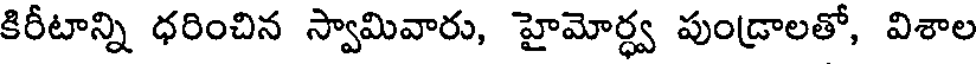
కిరీటాన్ని ధరించిన స్వామివారు, హైమోర్ధ్వ పుండ్రాలతో, విశాల